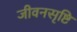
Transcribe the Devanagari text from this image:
जीवनसृष्टि